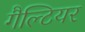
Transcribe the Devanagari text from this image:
गैल्टियर